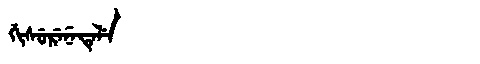
Manchu: ᡤᡳᠰᡠᡵᡝᠨᡝᡨᡝᠯᡝ
Romanization: GISURENETELE